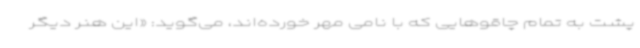
پشت به تمام چاقوهایی که با نامی مهر خورده‌اند، می‌گوید: «این هنر دیگر